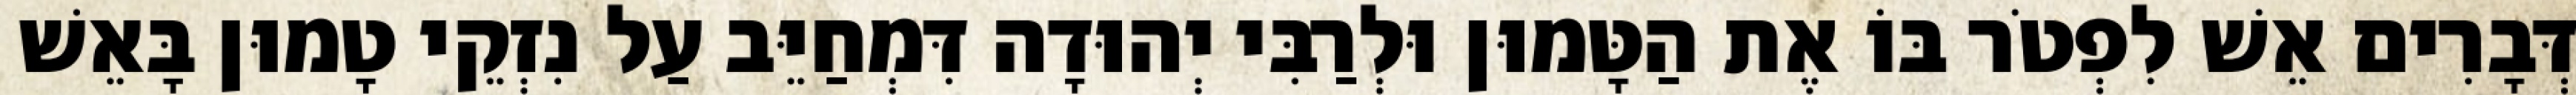
דְּבָרִים אֵשׁ לִפְטֹר בּוֹ אֶת הַטָּמוּן וּלְרַבִּי יְהוּדָה דִּמְחַיֵּב עַל נִזְקֵי טָמוּן בָּאֵשׁ